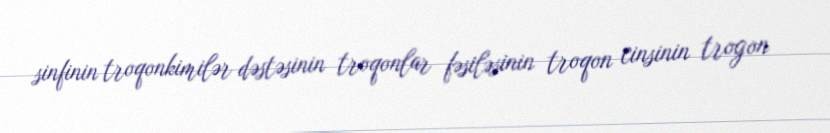
sinfinin troqonkimilər dəstəsinin troqonlar fəsiləsinin troqon cinsinin trogon